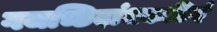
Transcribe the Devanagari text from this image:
गजच्छिदांधकछिदं